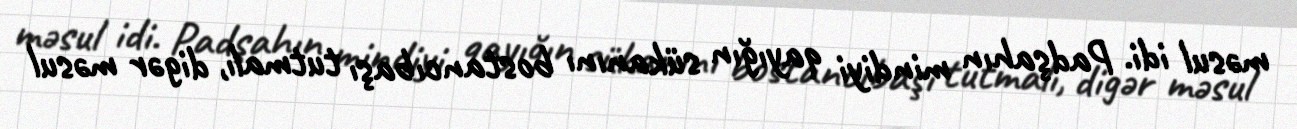
məsul idi. Padşahın mindiyi qayığın sükanını bostancıbaşı tutmalı, digər məsul